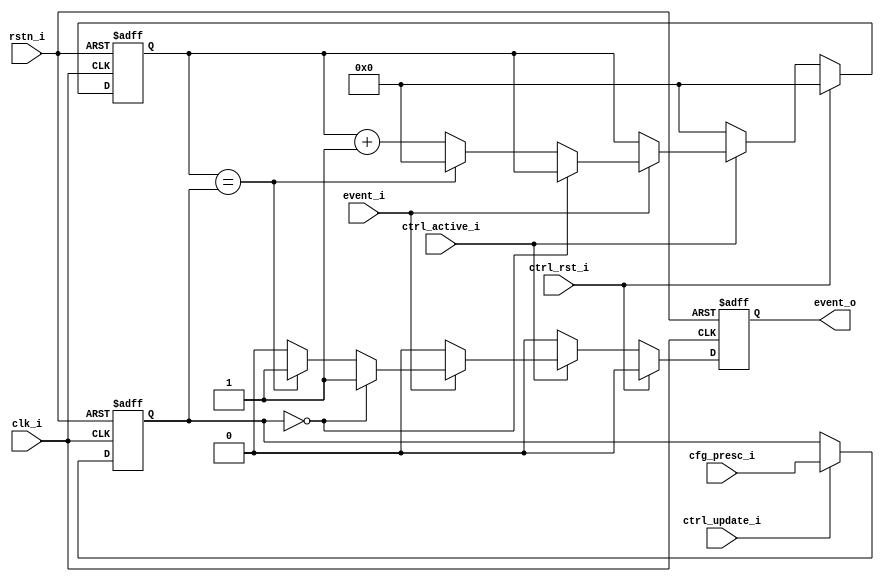
// Copyright 2018 ETH Zurich and University of Bologna.
// -- Adaptable modifications made for hbirdv2 SoC. -- 
// Copyright 2020 Nuclei System Technology, Inc.
// Copyright and related rights are licensed under the Solderpad Hardware
// License, Version 0.51 (the "License"); you may not use this file except in
// compliance with the License.  You may obtain a copy of the License at
// http://solderpad.org/licenses/SHL-0.51. Unless required by applicable law
// or agreed to in writing, software, hardware and materials distributed under
// this License is distributed on an "AS IS" BASIS, WITHOUT WARRANTIES OR
// CONDITIONS OF ANY KIND, either express or implied. See the License for the
// specific language governing permissions and limitations under the License.

module prescaler (
    input  wire       clk_i,
    input  wire       rstn_i,
    input  wire       ctrl_active_i,
    input  wire       ctrl_update_i,
    input  wire       ctrl_rst_i,
    input  wire [7:0] cfg_presc_i,
    input  wire       event_i,
    output reg        event_o
);

    reg [7:0] r_presc;
    reg [7:0] r_counter;

    always @(posedge clk_i or negedge rstn_i) begin : proc_r_presc
        if (~rstn_i)
            r_presc <= 0;
        else if (ctrl_update_i)    //if first enable or explicit update is iven
            r_presc <= cfg_presc_i;
    end


    always @(posedge clk_i or negedge rstn_i) begin : proc_r_counter
        if (~rstn_i) begin
            r_counter <= 0;
            event_o   <= 0;
	end else if (ctrl_rst_i) begin
            r_counter <= 0;
            event_o   <= 0;
	end else if (ctrl_active_i) begin
            if (event_i) begin
		if (r_presc == 0) begin
                    event_o   <= 1'b1;
		end else if (r_counter == r_presc) begin
                    event_o   <= 1'b1;
                    r_counter <= 0;
		end else begin
                    event_o   <= 1'b0;
                    r_counter <= r_counter + 1;
                end
	    end else begin
                event_o <= 1'b0;
	    end
	end else begin
            r_counter <= 0;
            event_o   <= 0;
        end
    end


endmodule